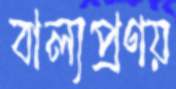
বাল্যপ্রণয়